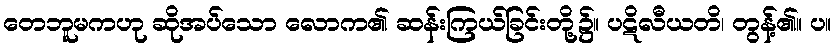
တေဘူမကဟု ဆိုအပ်သော လောက၏ ဆန်းကြယ်ခြင်းတို့၌။ ပဋိလီယတိ၊ တွန့်၏။ ပ။